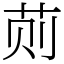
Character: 荝